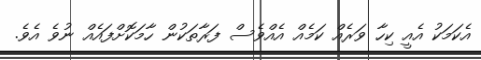
އެކަަމަކު އެއީ ކިހާ ވަރެއް ކަމެއް އެއްވެސް ފަރާތަކުން ހާމަކޮށްފައެއް ނުވެ އެވެ.